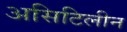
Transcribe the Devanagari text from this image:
असिटिलीन